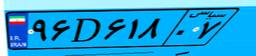
۶۵D۷۷۱۳۲